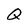
Character: Q